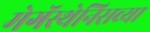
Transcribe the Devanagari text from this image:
मेगॅस्थेनिसच्या